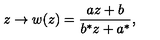
z \to w ( z ) = \frac { a z + b } { b ^ { * } z + a ^ { * } } ,